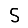
Digit: 5